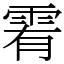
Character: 䨖